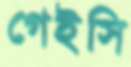
গেইসি